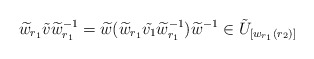
\begin{align*} \widetilde{w}_{r_1} \tilde{v} \widetilde{w}_{r_1}^{-1}=\widetilde w(\widetilde w_{r_1}\tilde{v_1} \widetilde w_{r_1}^{-1}) \widetilde w^{-1}\in \tilde{U}_{[w_{r_1}(r_2)]} \end{align*}